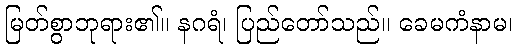
မြတ်စွာဘုရား၏။ နဂရံ၊ ပြည်တော်သည်။ ခေမကံနာမ၊